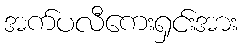
အက်ပလီကေးရှင်းအား